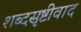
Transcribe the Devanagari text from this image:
शब्दसृष्टीवाद